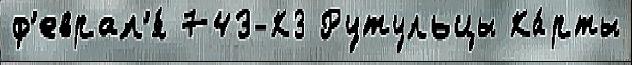
ф'еврал'я́ 743-КЗ Рутульцы Ка́рты